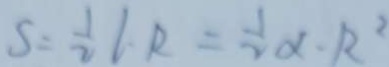
S = \frac { 1 } { 2 } l \cdot R = \frac { 1 } { 2 } \alpha \cdot R ^ { 2 }